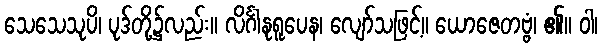
သေသေသုပိ၊ ပုဒ်တို့၌လည်း။ လိင်္ဂါနုရူပေန၊ လျော်သဖြင့်။ ယောဇေတဗ္ဗံ၊ ၏။ ဝါ၊